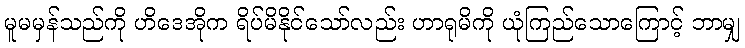
မူမမှန်သည်ကို ဟိဒေအိုက ရိပ်မိနိုင်သော်လည်း ဟာရုမိကို ယုံကြည်သောကြောင့် ဘာမျှ